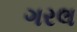
ગરલ